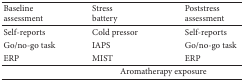
<table><thead><tr><td><b>Baseline assessment</b></td><td><b>Stress battery</b></td><td><b>Poststress assessment</b></td></tr></thead><tbody><tr><td>Self-reports</td><td>Cold pressor</td><td>Self-reports</td></tr><tr><td>Go/no-go task</td><td>IAPS</td><td>Go/no-go task</td></tr><tr><td>ERP</td><td>MIST</td><td>ERP</td></tr><tr><td> </td><td colspan="2">Aromatherapy exposure</td></tr></tbody></table>